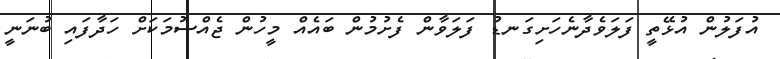
އުފަލުން އުޅޭތީ ފަލަވެދާނެހަށިގަނޑު ފަލަވާން ފެށުމުން ބައެއް މީހުން ޖެއްސުމަކަށް ހަދާފައި ބުނަނީ